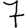
Digit: 7